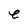
Character: e